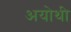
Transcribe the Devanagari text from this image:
अयोथी